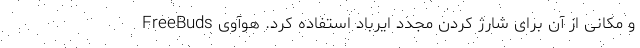
و مکانی از آن برای شارژ کردن مجدد ایرباد استفاده کرد. هوآوی FreeBuds